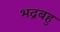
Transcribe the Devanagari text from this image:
भद्रबहु